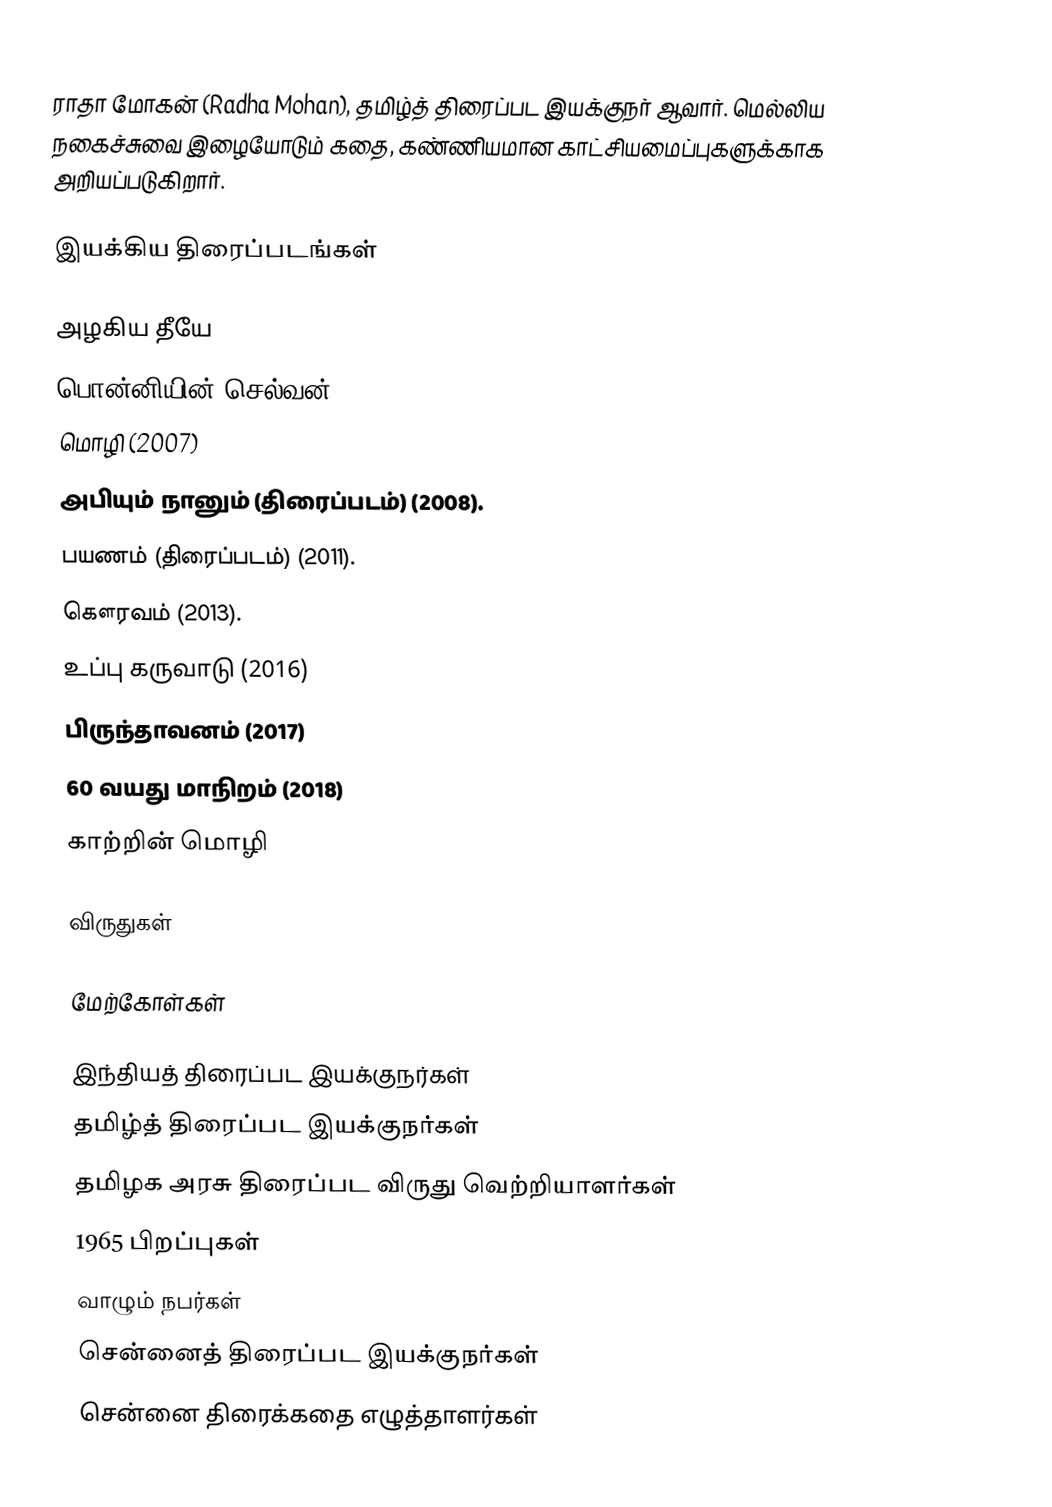
ராதா மோகன் (Radha Mohan), தமிழ்த் திரைப்பட இயக்குநர் ஆவார். மெல்லிய நகைச்சுவை இழையோடும் கதை, கண்ணியமான காட்சியமைப்புகளுக்காக அறியப்படுகிறார்.

இயக்கிய திரைப்படங்கள்

 அழகிய தீயே
 பொன்னியின் செல்வன்
 மொழி (2007)
 அபியும் நானும் (திரைப்படம்) (2008).
 பயணம் (திரைப்படம்) (2011).
 கௌரவம் (2013).
 உப்பு கருவாடு (2016)
 பிருந்தாவனம் (2017)
 60 வயது மாநிறம் (2018)
 காற்றின் மொழி

விருதுகள்

மேற்கோள்கள்

இந்தியத் திரைப்பட இயக்குநர்கள்
தமிழ்த் திரைப்பட இயக்குநர்கள்
தமிழக அரசு திரைப்பட விருது வெற்றியாளர்கள்
1965 பிறப்புகள்
வாழும் நபர்கள்
சென்னைத் திரைப்பட இயக்குநர்கள்
சென்னை திரைக்கதை எழுத்தாளர்கள்